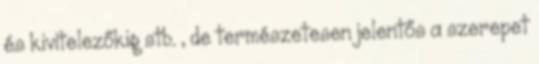
és kivitelezőkig stb. , de természetesen jelentős a szerepet